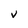
Character: V